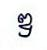
ឌ